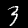
Label: 3